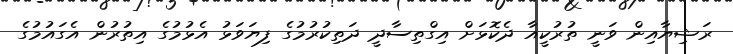
ރަޝިޔާއިން ވަނީ ތުރުކީއާ ދެކޮޅަށް އިގްތިސާދީ ދަތިކުރުމުގެ ފިޔަވަޅު އެޅުމުގެ އިތުރުން އެގައުމުގެ